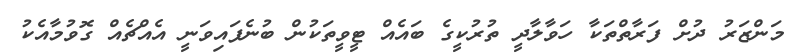
މަންޒަރު ދުށް ފަރާތްތަކާ ހަވާލާދީ ތުރުކީގެ ބައެއް ޓީވީތަކުން ބުނެފައިވަނީ އެއްޗެއް ގޮވުމާއެކު